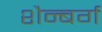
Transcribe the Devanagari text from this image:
शैन्बर्ग